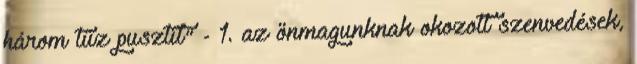
három tűz pusztít" - 1. az önmagunknak okozott szenvedések,